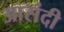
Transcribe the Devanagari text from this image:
आसंदी